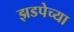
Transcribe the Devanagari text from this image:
झडपेच्या